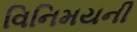
વિનિમયની